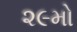
૨૯મો